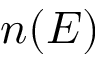
n ( E )